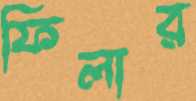
ফিলার